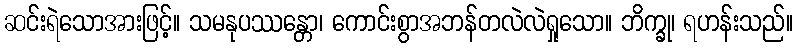
ဆင်းရဲသောအားဖြင့်။ သမနုပဿန္တော၊ ကောင်းစွာအဘန်တလဲလဲရှုသော။ ဘိက္ခု၊ ရဟန်းသည်။